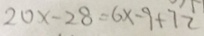
2 0 x - 2 8 = 6 x - 9 + 7 2